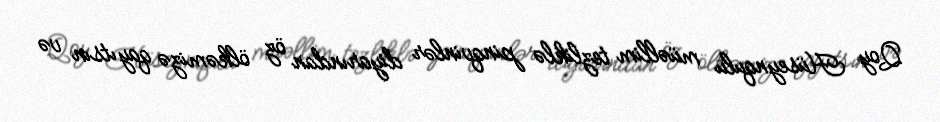
Qoy Hüseynqulu müəllim tezliklə pinqvinlər diyarından öz ölkəmizə qayıtsın və